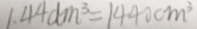
1 . 4 4 d m ^ { 3 } = 1 4 4 0 c m ^ { 3 }